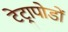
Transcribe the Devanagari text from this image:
टेट्रापोडों